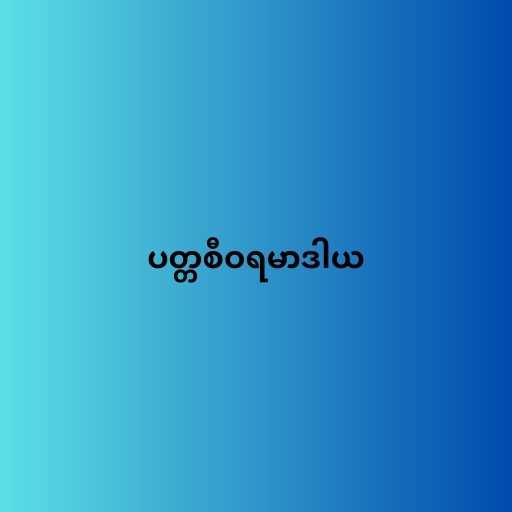
ပတ္တစီဝရမာဒါယ